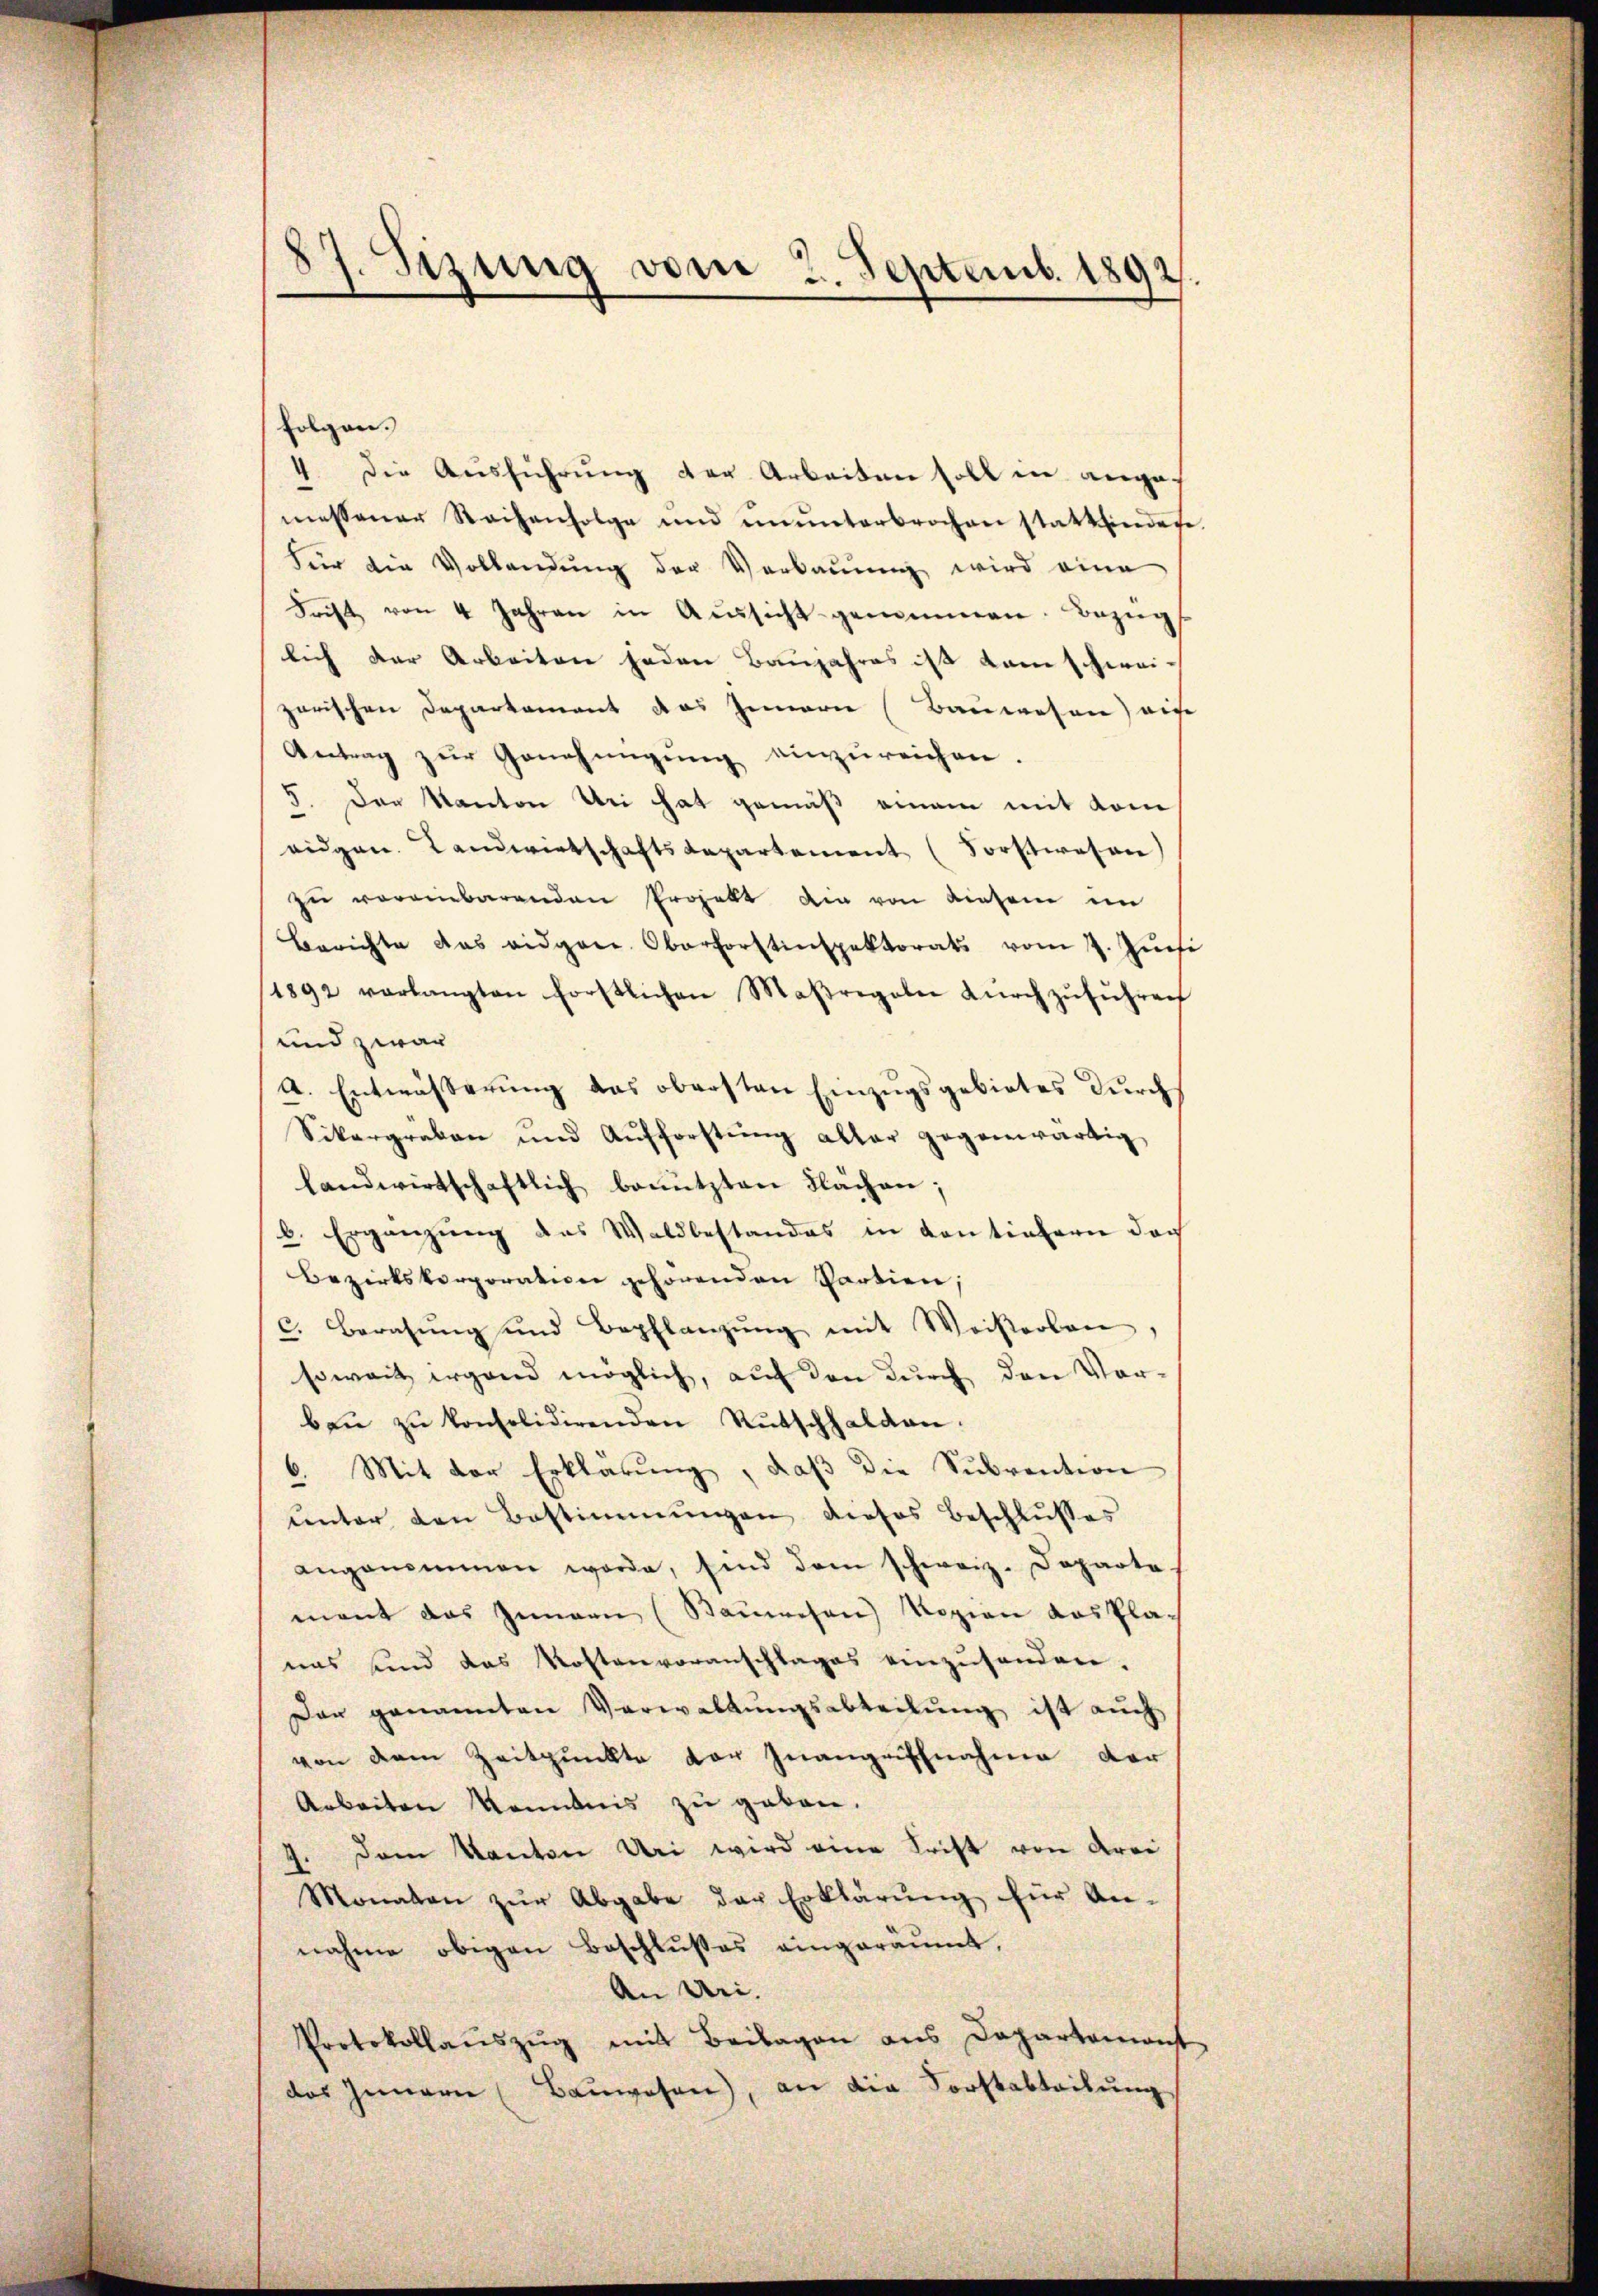
1. Sizung vom 2. Septemb. 1892.

folgen.
4. Die Aŭsführŭng der Arbeiten soll in ange
messener Reihenfolge und ŭnŭnterbrochen stattfindete
Für die Vollendung der Verbauung wird eine
Frist von 4 Jahren in Aŭssicht genommen. Bezug
lich der Arbeiten jeden Baujahres ist kam schwei-
zerischen Departement das Innerie (Bauwesen) ein
Antrag zŭr Genehmigung einzureichen.
5. Der Kanton Uri hat gemäß einem mit kom
eidgen. Landwirtschaftsdepartement (Forstwesen
zŭ vereinbarenden Projekt die von diesem im
Berichte das eidgen. Oberforstinspektorats vom 7. Jŭni
1892 verlangten förstlichen Maßregeln dŭrchzŭführen
und zwar
A. Entwässerŭng das obersten Einzugsgebietes durch
Sikargraben und Aufforstŭng aller gegenwärtig
landwirtschaftlich benutzten Flächen;
b. Ergänzung des Waldbestandes in Contiefern doch
Bezirkskorporation gehörenden Partien,
c. Beratŭng und Bepflanzŭng mit Weiserban
soweit irgend möglich, auf den durch den Vorben zŭ konsolidirenden Rutschhalden.
6. Mit der Erklärung, daß die Subvention
ŭnter den Bestimmungen dieses Beschlŭsses
angenommen werde, sind dem schweiz. Departe
mant das Innern (Sauwesen Vogien das Pla-
uas sind das Kostenvoranschlages einzusenden.
Dar genannten Verwaltungsabteilung ist auch
von dem Zeitpunkte der Inangrifchnahme der
Arbeiten konntnis zu geben.
J. Dem Kanton Uri wird eine Frist von Arre
Monaten zŭr Abgabe der Erklärŭng für An-
nahme obigen Beschlŭβes eingeräumt,
An Uri.
Protokollaŭszŭg mit Beilagen ans Departemont
das Innern (Baŭwesen), an die Forstabteilŭng

¬